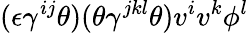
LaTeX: (\epsilon\gamma^{ij}\theta)(\theta\gamma^{jkl}\theta)v^{i}v^{k}\phi^{l}